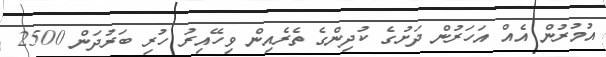
އުމުރުން އެއް އަހަރުން ދަށުގެ ކުދިންގެ ތެރެއިން ވިހޭއިރު ހުރި ބަރުދަން 2500